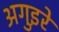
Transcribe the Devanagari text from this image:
अगुइरे